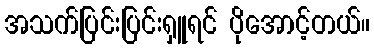
အသက်ပြင်းပြင်းရှူရင် ပိုအောင့်တယ်။